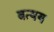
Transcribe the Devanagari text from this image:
बत्यय